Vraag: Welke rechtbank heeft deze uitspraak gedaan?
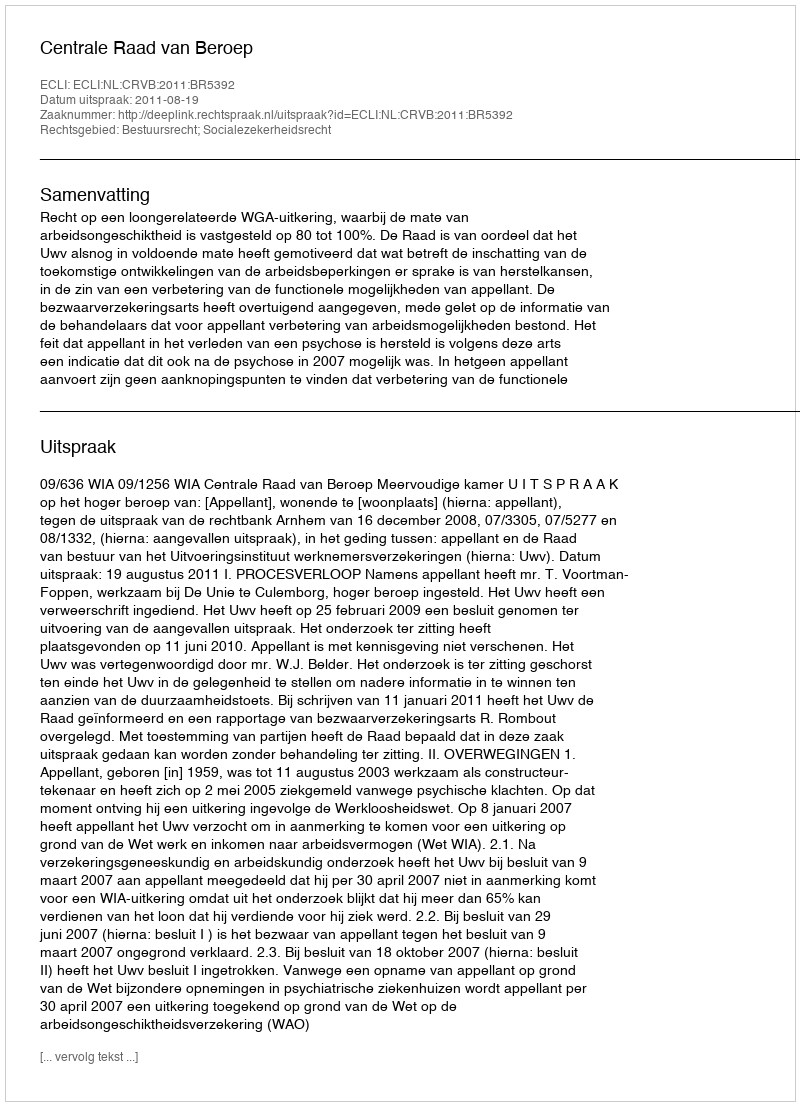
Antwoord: Centrale Raad van Beroep